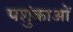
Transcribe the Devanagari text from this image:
पशुंकाओं